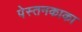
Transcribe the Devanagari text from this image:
पेस्तनकाका